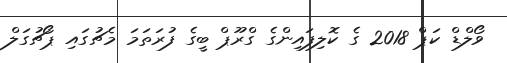
ވޯލްޑް ކަޕް 2018 ގެ ކޮލިފައިންގެ ގްރޫޕް ބީގެ ފުރަތަމަ މެޗުގައި ޕޯޗުގަލް